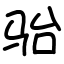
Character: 骀